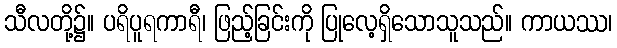
သီလတို့၌။ ပရိပူရကာရီ၊ ဖြည့်ခြင်းကို ပြုလေ့ရှိသောသူသည်။ ကာယဿ၊